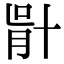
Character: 𠦣